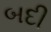
બદી